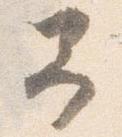
予